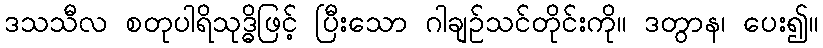
ဒသသီလ စတုပါရိသုဒ္ဓိဖြင့် ပြီးသော ဂါချဉ်သင်တိုင်းကို။ ဒတွာန၊ ပေး၍။